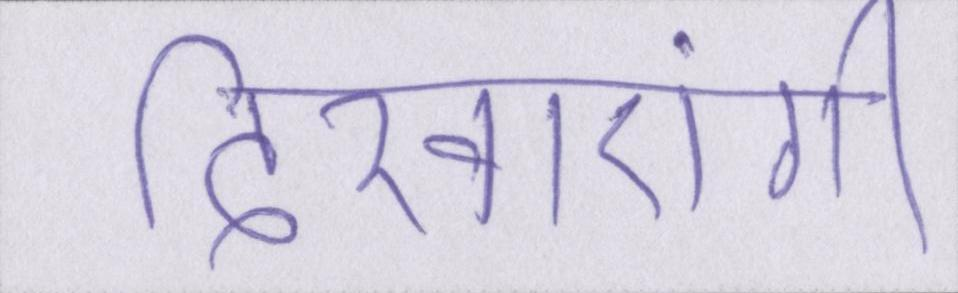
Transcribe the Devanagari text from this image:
दिखाएंगी